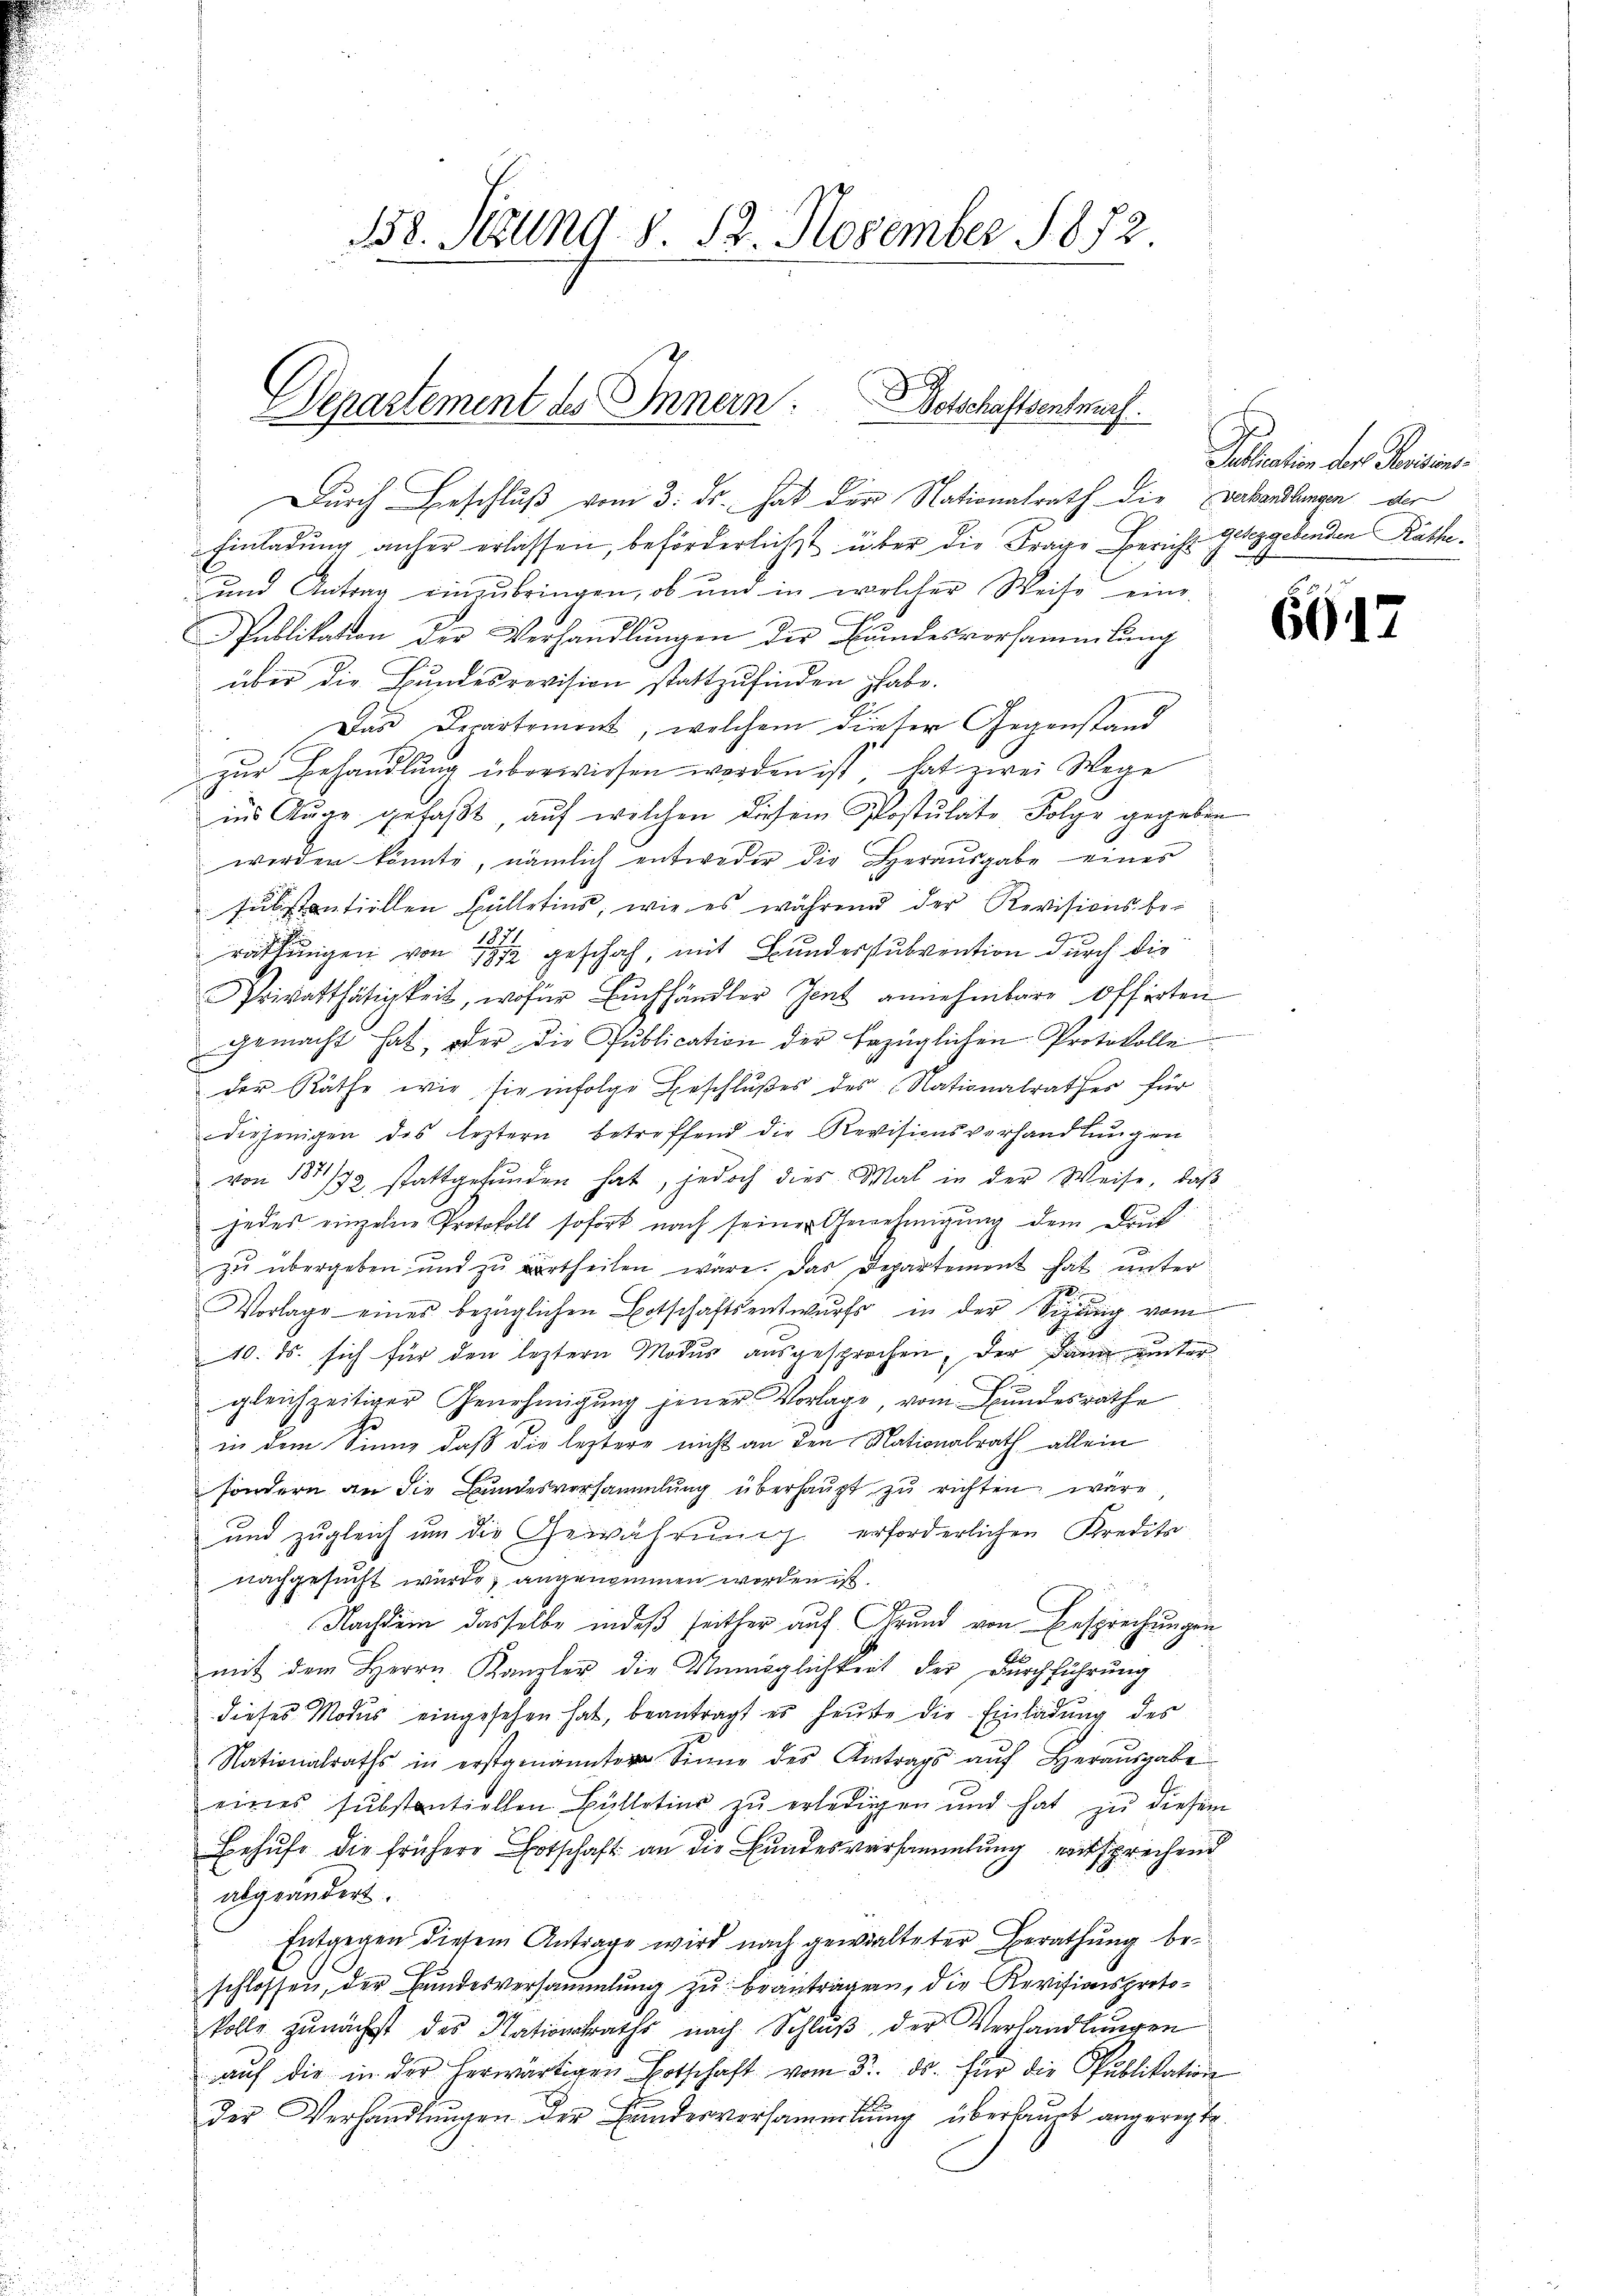
Departement des Innern. Betschaftsentwurf.

B8. Sizung d. 12. November 1872.

Durch Beschluß vom 3. ds. hat der Nationalrath die Evabandlungen der
Einladung anher erlassen, beförderlichst über die Frage Bericht geseggebenden Räthe¬
und Antrag einzubringen, ob und in welcher Weise eine
Publikation der Verhandlŭngen der Bŭndesvorsammlung
über die Bundesrevision stattzufinden habe.
Das Departement, welchem dieser Gegenstand
zŭr Behandlung überwiesen worden ist, hat zwei Wege
ins Auge gefaßt, auf welchen diesem Postulate Folge gegeben
werden könnte, nämlich entweder die Herausgabe eines
substantiellen Bülletins, wie es während der Revisionsbe-
rathungen von 1872 geschah, mit Bundessubvention durch die
Privatthätigkeit, wofür Euchhändler Zent annehmbare Offerten
gemacht hat, oder die Publication der bezüglichen Protokolle
der Räthe wie sie infolge Beschlußes des Nationalrather für
diejenigen des leztern betreffend die Revisionsverhandlungen
von 1881/82 stattgefŭnden hat, jedoch dies Mal in der Weise, daβ
jedes einzelne Protokoll sofort nach seiner Genehmigung dem Druk
zu übergeben und zu vertheilen wäre. Das Departement hat unter
Vorlage eines bezüglichen Botschaftsentwurfs in der Sigŭng vom
40. ds. sich für den leztern Modus ausgesprochen, der Dann unter
gleichzeitiger Genehmigung jener Vorlage, vom Bundesrathe
in dem Sinne daß die leztere nicht an den Nationalrath allein
sondern an die Bundesversammlung überhaupt zu richten wäre
und zugleich um die Gewährung erforderlichen Kredito
nachgesucht wurde, angenommen worden ist.

Nachdem dasselbe indeß seither auf Grund von Besprechungen
mit dem Herrn Kanzler die Unmöglichkeit der Dŭrchführŭng
dieses Modus eingesehen hat, beantragt es heŭte die Einladung des
Nationalraths in erstgenannten Sinne der Antrags aŭf heraŭsgabe
eines substantiellen Bülletin zŭ erledigen und hat zu diesem
Behufe die frühere Botschaft an die Bundesversammlung entsprechend
abgeändert.
Entgegen diesem Antrage wird nach gewalteter Berathung beschlossen, der Bundesversammlung zu beanträgen, die Revisionsprotokolle zunächst des Stationsraths nach Schlŭβ der Verhandlungen
aŭf die in der herwärtigen Botschaft vom 3. ds. für die Publikation
der Verhandlŭngen der Findesversammlung überhaupt angerechte.

Pallation der Peorien.

667